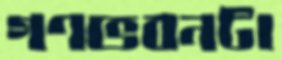
গণভবনটা